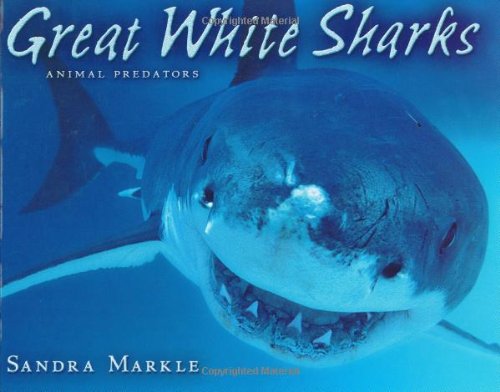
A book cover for Great White Sharks (Animal Predators); Sandra Markle; Sports & Outdoors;